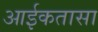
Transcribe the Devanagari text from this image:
आईकतासा